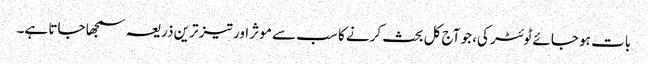
بات ہو جائے ٹوئٹر کی، جو آج کل بحث کرنے کا سب سے موثر اور تیز ترین ذریعہ سمجھا جاتا ہے۔